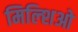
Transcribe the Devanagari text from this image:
मिल्शिओ